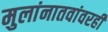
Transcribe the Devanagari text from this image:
मुलांनातवांवरही